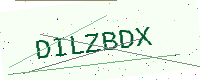
Text: DILZBDX